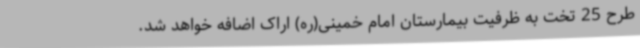
طرح 25 تخت به ظرفیت بیمارستان امام خمینی(ره) اراک اضافه خواهد شد.